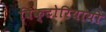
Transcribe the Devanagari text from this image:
विक्टोरियायी